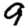
Digit: 9